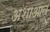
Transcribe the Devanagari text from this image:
अशाआत